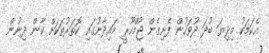
އެކަމަކު މިދިޔަ ބުދަ ދުވަހުން ފެށިގެން ޖުމްހޫރީ މައިދާނުގައި ކޮތަރުތަކަށް ކާން ދިނުން